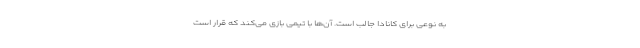
به نوعی برای کانادا جالب است. آن‌ها با تیمی بازی می‌کند که قرار است